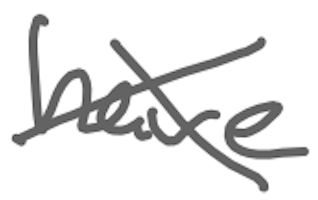
Text: have
Cross-out: cross
Writing tool: digital_gray